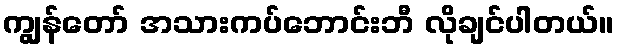
ကျွန်တော် အသားကပ်ဘောင်းဘီ လိုချင်ပါတယ်။